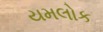
યમલોક